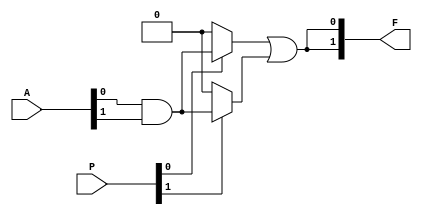
module PLA (
    input wire [N-1:0] A,      // Input lines (A1, A2, ..., An)
    input wire [M-1:0] P,      // Programming inputs for AND array
    output wire [O-1:0] F      // Output lines (F1, F2, ..., Fm)
);
    parameter N = 4;           // Number of inputs
    parameter M = 4;           // Number of AND gates
    parameter O = 2;           // Number of outputs

    // Internal signals for AND gate outputs
    wire [M-1:0] and_out;      // Outputs of AND gates

    // Programmable AND array
    genvar i, j;
    generate
        for (i = 0; i < M; i = i + 1) begin : and_array
            assign and_out[i] = (P[i] == 1'b1) ? (A[0] & A[1]) : 1'b0; // Example logic
            // Extend this logic to include more inputs and their inversions
        end
    endgenerate

    // Programmable OR array
    generate
        for (j = 0; j < O; j = j + 1) begin : or_array
            assign F[j] = (and_out[0] | and_out[1]); // Example logic for output
            // Extend this logic to include more AND outputs based on programming
        end
    endgenerate

endmodule